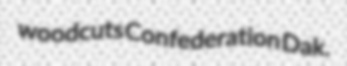
woodcuts Confederation Dak.